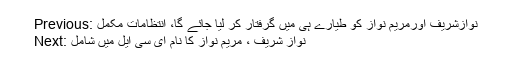
Previous: نوازشریف اورمریم نواز کو طیارے ہی میں گرفتار کر لیا جائے گا، انتظامات مکمل
Next: نواز شریف ، مریم نواز کا نام ای سی ایل میں شامل